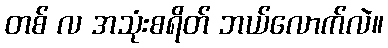
တစ် လ အသုံးစရိတ် ဘယ်လောက်လဲ။